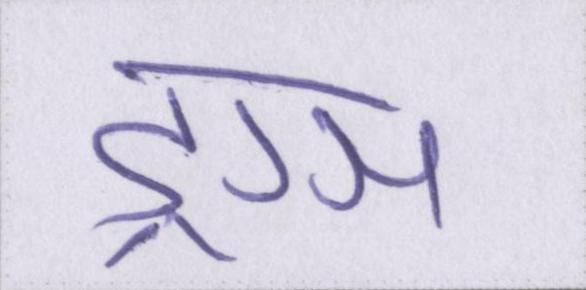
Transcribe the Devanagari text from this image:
ड्रग्स